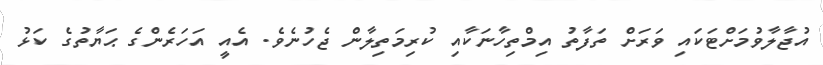
އުޖާލާވުމަށްޓަކައި ވަރަށް ތަފާތު އިމްތިހާނަކާއި ކުރިމަތިލާން ޖެހުނެވެ. އެއީ އަހަރެންގެ ޙަޔާތުގެ ކަޅު